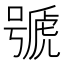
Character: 𱿒